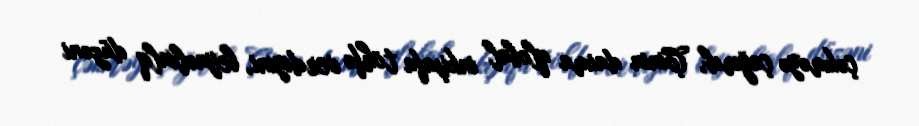
çəkməyə çağırıb, Çinin daima qlobal inkişafa töhfə verdiyini, beynəlxalq düzəni